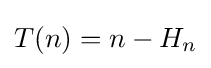
T(n)=n-H_{n}